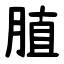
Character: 䐈